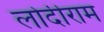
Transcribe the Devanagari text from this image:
लोदीराम